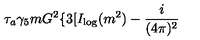
\tau _ { a } \gamma _ { 5 } m G ^ { 2 } \{ 3 [ I _ { \log } ( m ^ { 2 } ) - \frac { i } { ( 4 \pi ) ^ { 2 } }